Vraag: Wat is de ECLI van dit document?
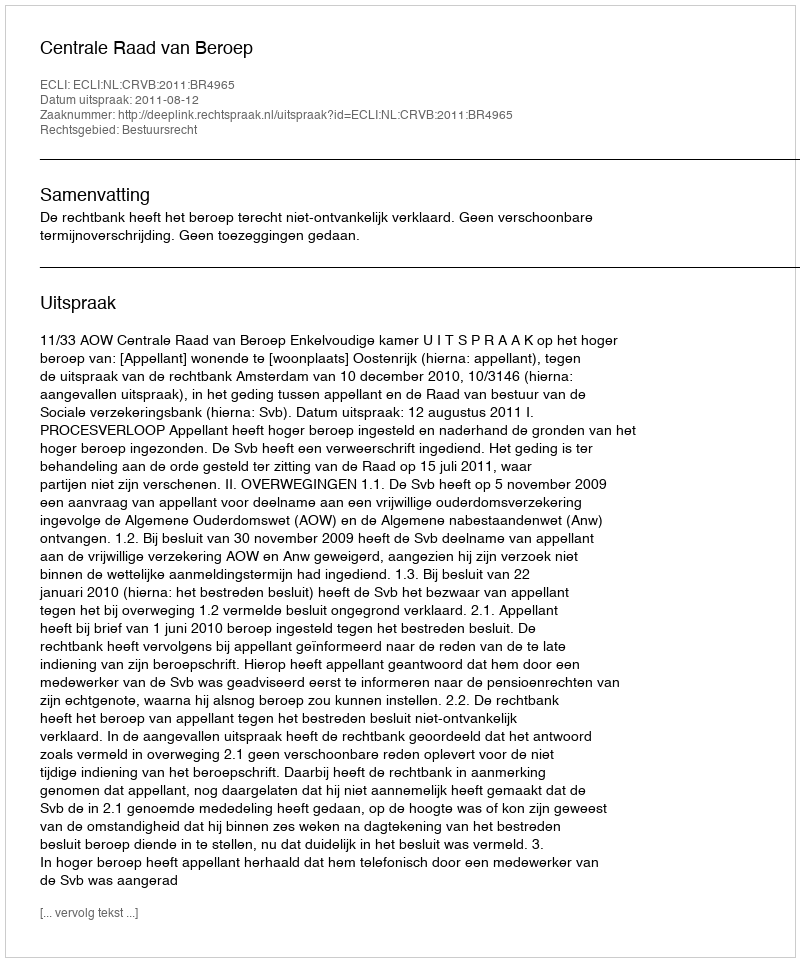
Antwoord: ECLI:NL:CRVB:2011:BR4965